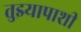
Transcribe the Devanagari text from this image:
तुझ्यापाशी